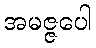
အမဇ္ဇပေါ